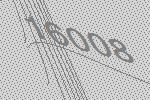
16008